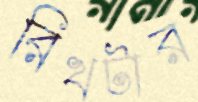
রিখটার